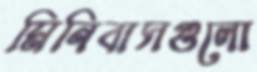
মিনিবাসগুলো